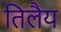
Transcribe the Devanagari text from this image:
तिलैय